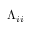
\Lambda _ { i i }